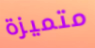
متميزة